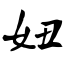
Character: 妞